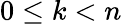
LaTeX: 0\leq k<n